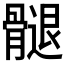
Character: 𮪲